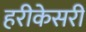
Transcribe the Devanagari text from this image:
हरीकेसरी